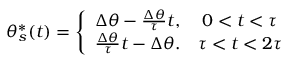
\theta _ { s } ^ { * } ( t ) = \left\lbrace \begin{array} { c c } { \Delta \theta - \frac { \Delta \theta } { \tau } t , } & { 0 < t < \tau } \\ { \frac { \Delta \theta } { \tau } t - \Delta \theta . } & { \tau < t < 2 \tau } \end{array} \right.